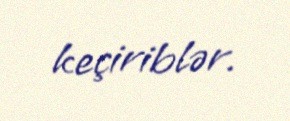
keçiriblər.